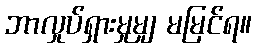
ဘာလှုပ်ရှားမှုမျှ မမြင်ရ။